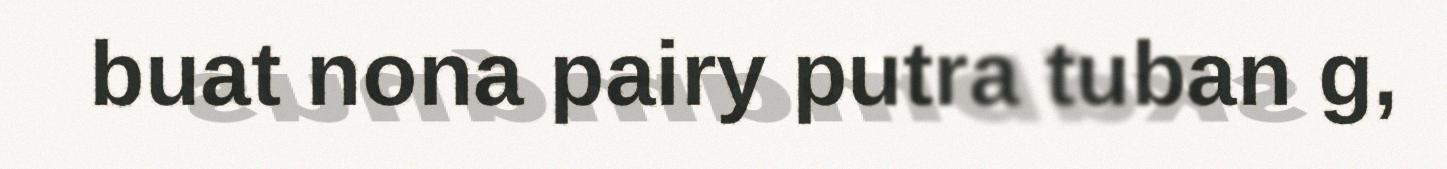
buat nona pairy putra tuban g,